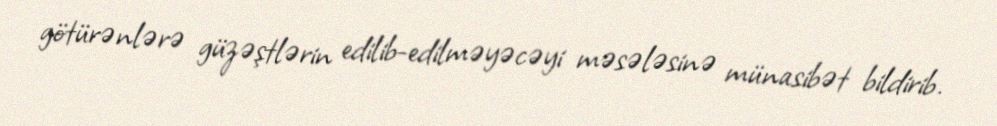
götürənlərə güzəştlərin edilib-edilməyəcəyi məsələsinə münasibət bildirib.